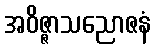
အဝိဇ္ဇာသညောဇနံ